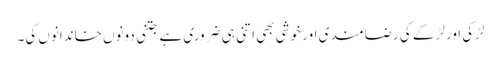
لڑکی اور لڑکے کی رضامند ی اور خوشی بھی اتنی ہی ضروری ہے جتنی دونوں خاندانوں کی۔